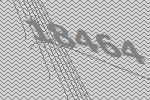
18464